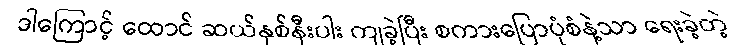
ဒါကြောင့် ထောင် ဆယ်နှစ်နီးပါး ကျခဲ့ပြီး စကားပြောပုံစံနဲ့သာ ရေးခဲ့တဲ့